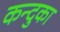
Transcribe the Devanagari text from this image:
कन्दुका